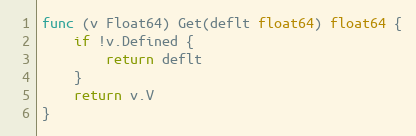
Language: Go
func (v Float64) Get(deflt float64) float64 {
	if !v.Defined {
		return deflt
	}
	return v.V
}